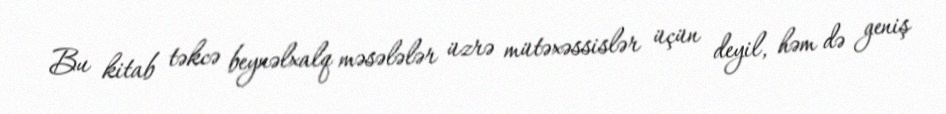
Bu kitab təkcə beynəlxalq məsələlər üzrə mütəxəssislər üçün deyil, həm də geniş